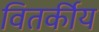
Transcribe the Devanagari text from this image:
वितर्कीय